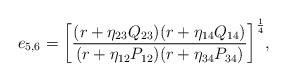
LaTeX: \begin{align*}{ e_{5,6} = \left[ { { (r + \eta_{23} Q_{23}) (r + \eta_{14} Q_{14}) } \over { (r + \eta_{12} P_{12}) (r + \eta_{34} P_{34}) } } \right]^{1 \over 4} } ,\end{align*}